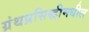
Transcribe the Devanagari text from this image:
ग्रंथप्रसिद्धीमधील